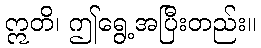
ဣတိ၊ ဤရွေ့အပြီးတည်း။